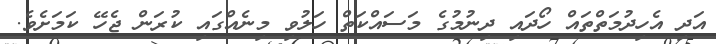
އަދި އެހިދުމަތްތައް ހޯދައި ދިނުމުގެ މަސައްކަތް ހަލުވި މިނެއްގައި ކުރަން ޖެހޭ ކަމަށެވެ.